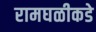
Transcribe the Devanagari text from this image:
रामघळीकडे